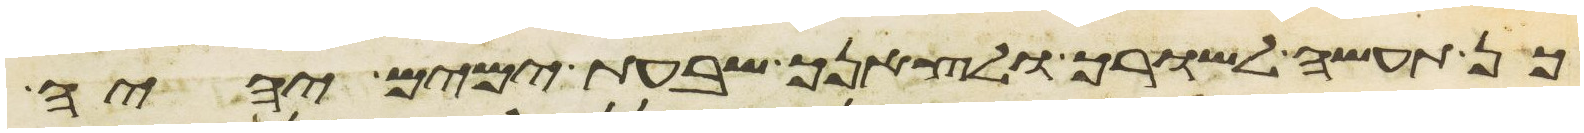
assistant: כן תעשה לשורך ולצאנך שבעת ימים יהיה